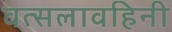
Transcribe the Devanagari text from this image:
वत्सलावहिनी